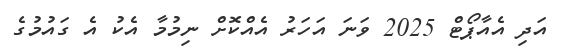
އަދި އެއާޕޯޓް 2025 ވަނަ އަހަރު އެއްކޮށް ނިމުމާ އެކު އެ ގައުމުގެ